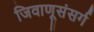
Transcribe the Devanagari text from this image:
जिवाणूसंसर्ग